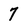
Character: 7